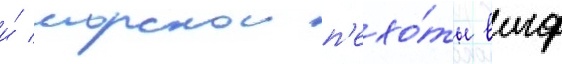
и́ морскои п'ехо́ты вмф